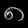
Digit: ၈